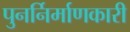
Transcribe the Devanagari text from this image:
पुनर्निर्माणकारी